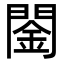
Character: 䦦